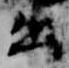
出